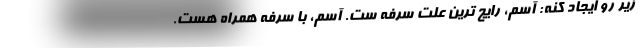
زیر رو ایجاد کنه: آسم، رایج ترین علت سرفه ست. آسم، با سرفه همراه هست.